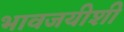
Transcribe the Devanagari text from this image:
भावजयीशी